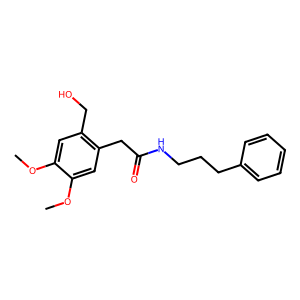
SMILES: COc1cc(CO)c(CC(=O)NCCCc2ccccc2)cc1OC
Inhibits HIV replication: No